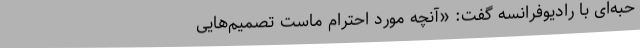
حبه‌ای‌ با رادیوفرانسه‌ گفت‌: «آنچه‌ مورد احترام‌ ماست‌ تصمیم‌هایی‌